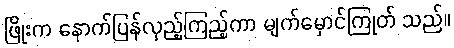
ဖြိုးက နောက်ပြန်လှည့်ကြည့်ကာ မျက်မှောင်ကြုတ် သည်။